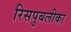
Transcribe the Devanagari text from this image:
रिसपुबलीका